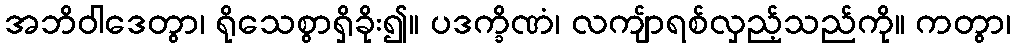
အဘိဝါဒေတွာ၊ ရိုသေစွာရှိခိုး၍။ ပဒက္ခိဏံ၊ လကျ်ာရစ်လှည့်သည်ကို။ ကတွာ၊